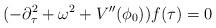
LaTeX: \begin{align*}(-\partial ^2_\tau +\omega ^2+V''(\phi _0))f(\tau )=0\end{align*}